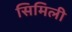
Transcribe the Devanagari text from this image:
सिमिली